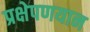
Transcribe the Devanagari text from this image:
प्रक्षेपणयान